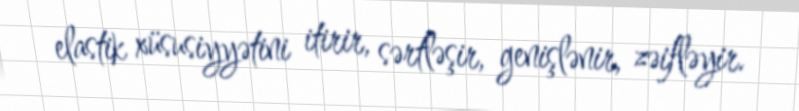
elastik xüsusiyyətini itirir, sərtləşir, genişlənir, zəifləyir.